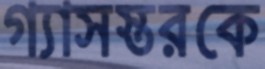
গ্যাসস্তরকে